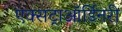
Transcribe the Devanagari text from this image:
एक्सट्राऑर्डिनरी